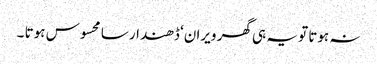
نہ ہوتا تو یہ ہی گھر ویران‘ ڈھندار سا محسوس ہوتا ۔